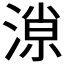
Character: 𣼓